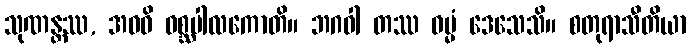
သုဏန္တဿ, အဝဓိ ဝစ္ဆပါလကောတိ။ ဘဂဝါ တဿ ဓမ္မံ ဒေသေသိ။ စတုရာသီတိယာ